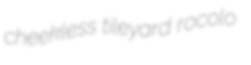
cheekless tileyard rocolo